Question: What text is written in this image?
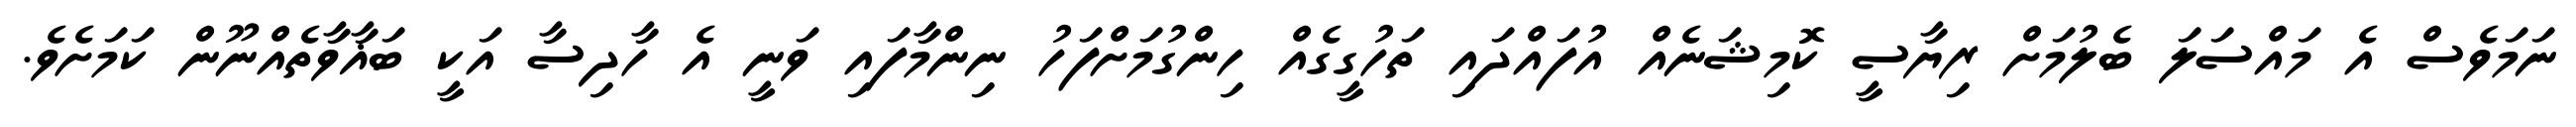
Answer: ނަމަވެސް އެ މައްސަލަ ބެލުމަށް ރިޔާސީ ކޮމިޝަނެއް އުފައްދައި ތަހުގީގެއް ހިންގުމަށްފަހު ނިންމާފައި ވަނީ އެ ހާދިސާ އަކީ ބަޣާވާތެއްނޫން ކަމަށެވެ.